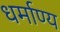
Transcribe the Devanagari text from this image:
धर्माण्य